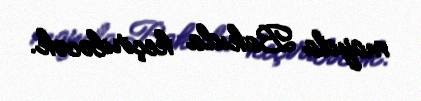
mayda Bakıda keçiriləcək.